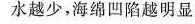
水越少，海绵凹陷越明显